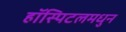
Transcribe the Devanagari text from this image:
हॉस्पिटलमधुन